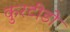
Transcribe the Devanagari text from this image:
कुरटीडो